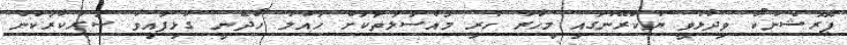
ޕޮރޮޝެންކޯ ވިދާޅުވީ ޔުކްރޭނުގައި މިހާރު ހުރި މައްސަލަތަކަށް ހައްލު ހޯދޭނީ ގުޅިފައިވާ ސަރުކާރަކުން